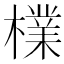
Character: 檏